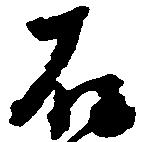
石